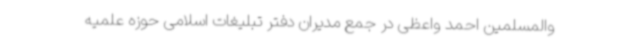
والمسلمین احمد واعظی در جمع مدیران دفتر تبلیغات اسلامی حوزه علمیه